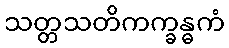
သတ္တသတိကက္ခန္ဓကံ